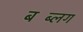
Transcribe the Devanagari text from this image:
बब्लिंग